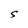
Character: S